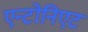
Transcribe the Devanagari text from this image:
एन्टोनिएट